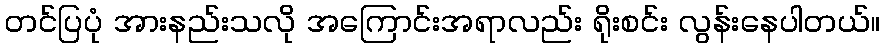
တင်ပြပုံ အားနည်းသလို အကြောင်းအရာလည်း ရိုးစင်း လွန်းနေပါတယ်။